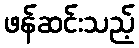
ဖန်ဆင်းသည့်